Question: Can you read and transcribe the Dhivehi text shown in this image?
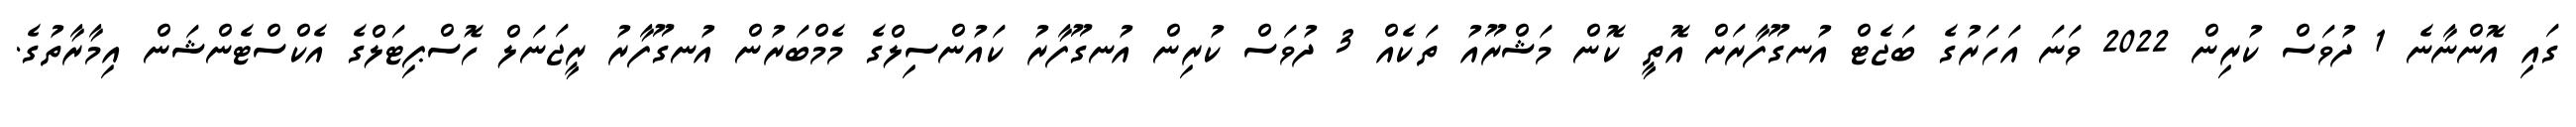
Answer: ގައި އޮންނާނެ 1 ދުވަސް ކުރިން 2022 ވަނަ އަހަރުގެ ބަޖެޓް އުނގޫފާރަށް އޮތީ ކޮން މަޝްރޫއު ތަކެއް 3 ދުވަސް ކުރިން އުނގޫފާރު ކައުންސިލްގެ މެމްބަރުން އުނގޫފާރު ރީޖަނަލް ހޮސްޕިޓަލްގެ އެކްސްޓެންޝަން އިމާރާތުގެ.